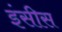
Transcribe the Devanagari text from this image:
इंसीस